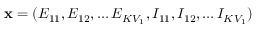
\mathbf { x } = ( E _ { 1 1 } , E _ { 1 2 } , \ldots E _ { K V _ { 1 } } , I _ { 1 1 } , I _ { 1 2 } , \ldots I _ { K V _ { 1 } } )